Leaving Certificate Examination (including Day School Certificate (Higher) General paper), 1929
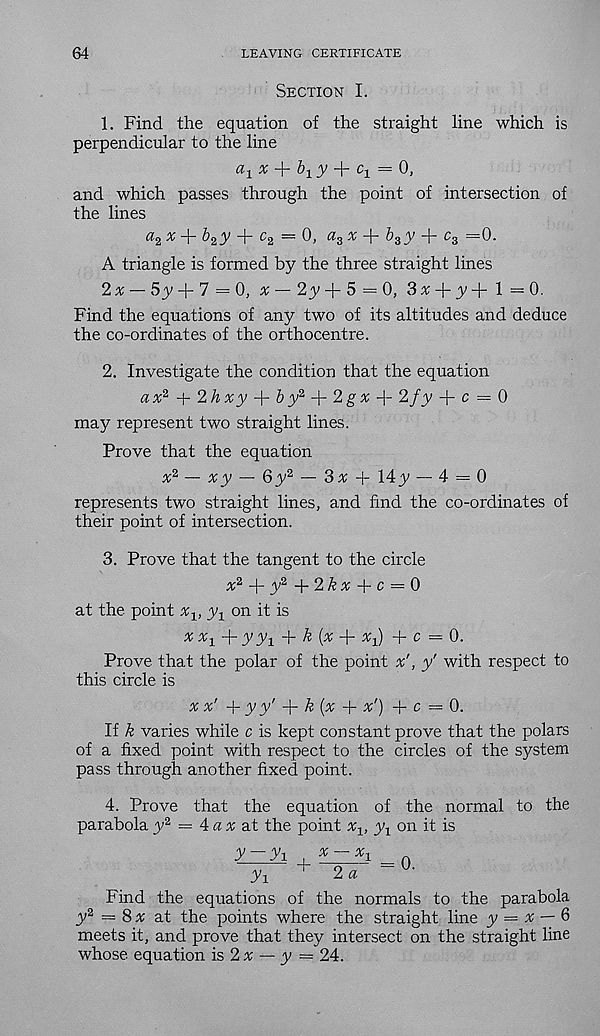
64
LEAVING CERTIFICATE
Section I.
1. Find the equation of the straight line which is
perpendicular to the line
^
+ Ci = 0,
and which passes through the point of intersection of
the lines
a 2 x
b 2 y -f- c 2 — 0> a 3 x
b 3 y
c 3 =0.
A triangle is formed by the three straight lines
2x — 5y + 7 = 0, £ — 2y + 5=0, 3% + y+l=0.
Find the equations of any two of its altitudes and deduce
the co-ordinates of the orthocentre.
2. Investigate the condition that the equation
ax 2, + 2hxy-{-by 2 J r2gx-\-2fy-\-c = 0
may represent two straight lines.
Prove that the equation
x 2 — xy — 6y 2 — 3x + 14 y — 4 = 0
represents two straight lines, and find the co-ordinates of
their point of intersection.
3. Prove that the tangent to the circle
x 2 -)- y 2 -\-2kx + c = 0
at the point
y 1 on it is
x x x
y y x -{■ k (x -{- x-^) + c = 0.
Prove that the polar of the point x', y' with respect to
this circle is
x x'
y y'
k {x
x') + c =0.
If k varies while c is kept constant prove that the polars
of a fixed point with respect to the circles of the system
pass through another fixed point.
4. Prove that the equation of the normal to the
parabolay 2 = 4ax a.t the point x v y x on it is
y-yx ,
_ n
y 1
+
2 a ~u-
Find the equations of the normals to the parabola
y 2 = 8x at the points where the straight line y = x — 6
meets it, and prove that they intersect on the straight line
whose equation is 2 x — y = 24.